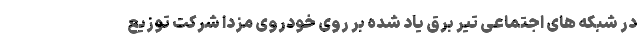
در شبکه های اجتماعی تیر برق یاد شده بر روی خودروی مزدا شرکت توزیع